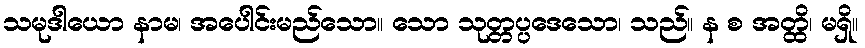
သမုဒါယော နာမ၊ အပေါင်းမည်သော။ သော သုတ္တပ္ပဒေသော၊ သည်။ န စ အတ္ထိ၊ မရှိ။